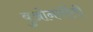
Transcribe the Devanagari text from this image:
बुओनार्रोती